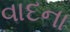
વાદના